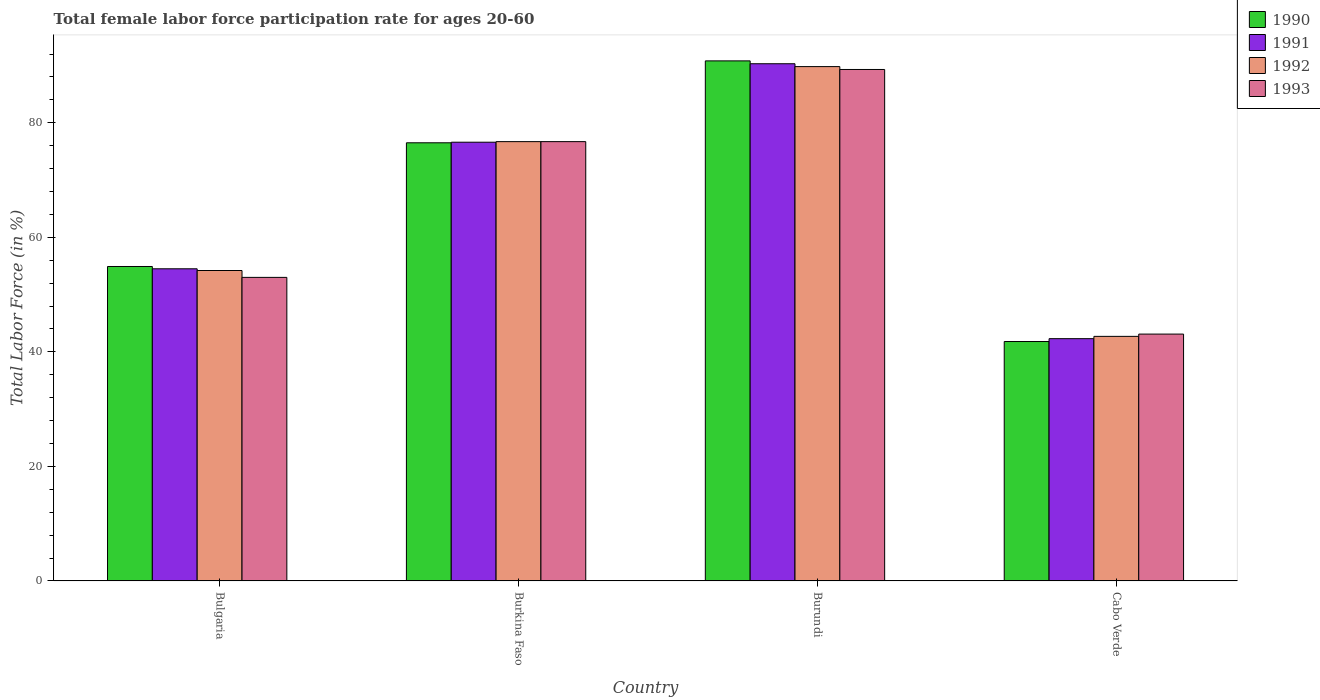
| Country | 1990 | 1991 | 1992 | 1993 |
 | --- | --- | --- | --- | --- |
 | Bulgaria | 54.9 | 54.5 | 54.2 | 53 |
 | Burkina Faso | 76.5 | 76.6 | 76.7 | 76.7 |
 | Burundi | 90.8 | 90.3 | 89.8 | 89.3 |
 | Cabo Verde | 41.8 | 42.3 | 42.7 | 43.1 |